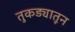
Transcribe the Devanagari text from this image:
तुकड्यातून